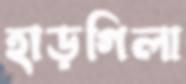
হাড়গিলা